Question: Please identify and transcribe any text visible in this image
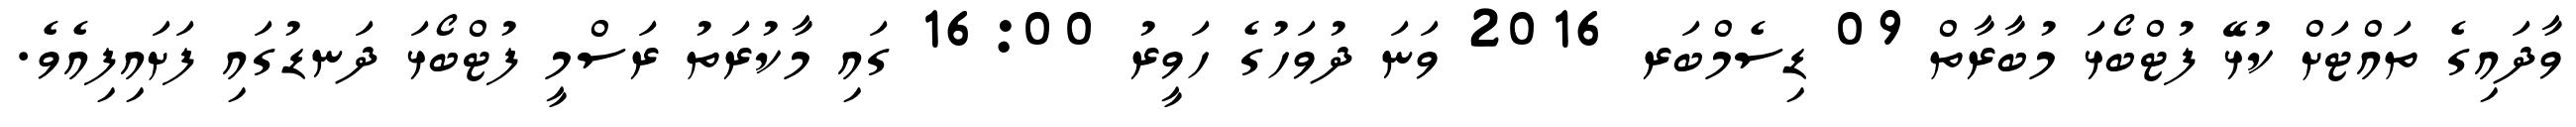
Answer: ވާދައިގެ ތައްޓަށް ކުޅޭ ފުޓްބޯޅަ މުބާރާތް 09 ޑިސެމްބަރ 2016 ވަނަ ދުވަހުގެ ހަވީރު 16:00 ގައި މާކުރަތު ރަސްމީ ފުޓްބޯޅަ ދަނޑުގައި ފަށައިފިއެވެ.